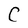
Character: C